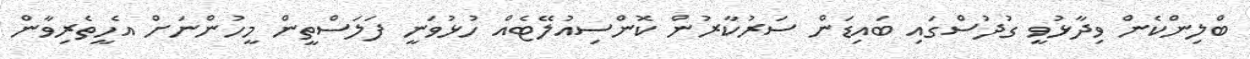
ބްލިންކެން ވިދާޅުވީ ގުދުސްގައި ބައިޑަން ސަރުކާރުން ކޮންސިއުލޭޓެއް ހުޅުވަނީ ފަލަސްތީން މީހުންނަށް އެހީތެރިވާން